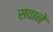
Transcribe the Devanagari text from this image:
सवाने